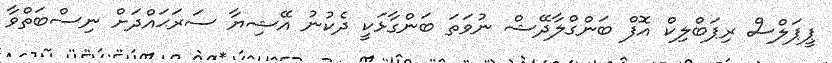
ޕީޕަލްސް ރިޕަބްލިކް އޮފް ބަންގްލާދޭޝް ނުވަތަ ބަންގާޅަކީ ދެކުނު އޭޝިޔާ ސަރަޙައްދަށް ނިސްބަތްވާ